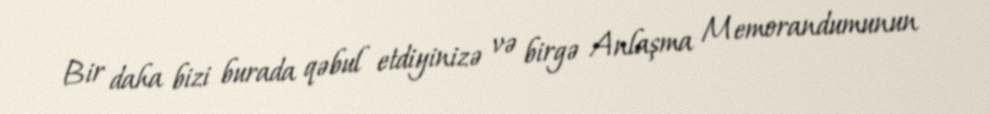
Bir daha bizi burada qəbul etdiyinizə və birgə Anlaşma Memorandumunun